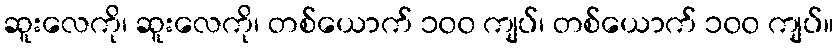
ဆူးလေကို၊ ဆူးလေကို၊ တစ်ယောက် ၁၀၀ ကျပ်၊ တစ်ယောက် ၁၀၀ ကျပ်။